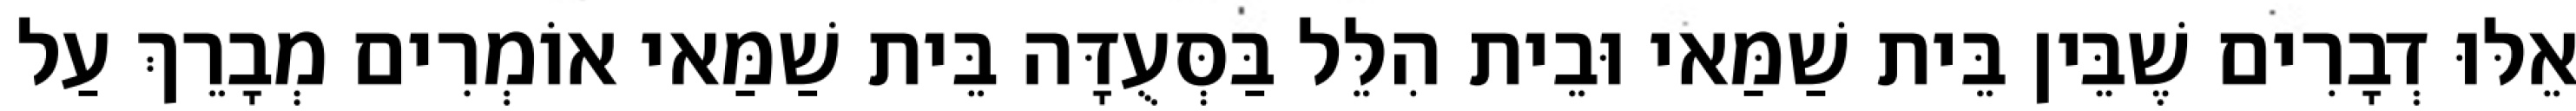
אֵלּוּ דְבָרִים שֶׁבֵּין בֵּית שַׁמַּאי וּבֵית הִלֵּל בַּסְּעֻדָּה בֵּית שַׁמַּאי אוֹמְרִים מְבָרֵךְ עַל